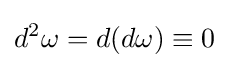
d^{2}\omega =d(d\omega )\equiv 0